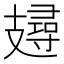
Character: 攳